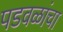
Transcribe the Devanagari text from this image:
पडवळांचा